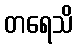
တရေသိ